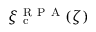
\xi _ { \mathrm { ~ c ~ } } ^ { \mathrm { ~ R ~ P ~ A ~ } } ( \zeta )